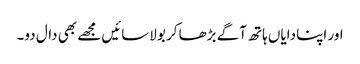
اور اپنا دایاں ہاتھ آگے بڑھا کر بولاسائیں مجھے بھی دال دو۔